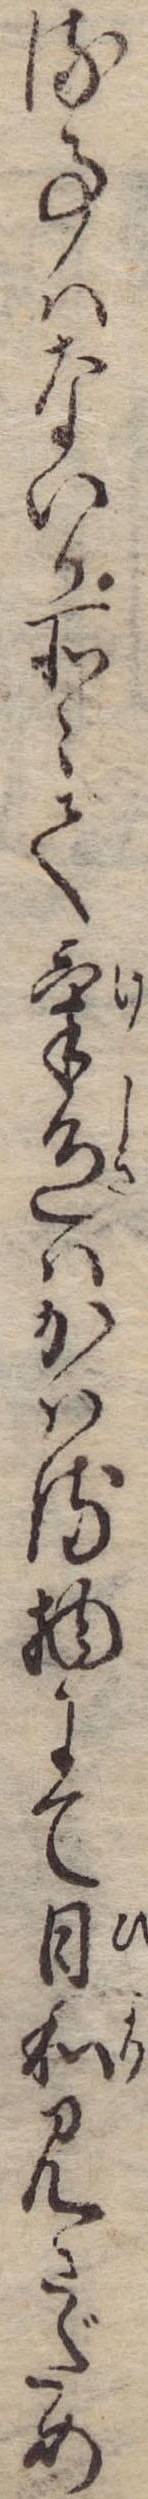
る事はないか所々で気色はかはる物にて日和見さだめ